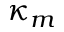
\kappa _ { m }